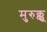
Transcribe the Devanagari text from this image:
मुरुक्कू